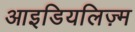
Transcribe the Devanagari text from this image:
आइडियलिज़्म